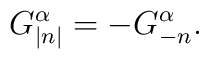
G_{\left| n\right| }^{\alpha }=-G_{-n}^{\alpha }.